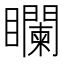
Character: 𥌻